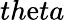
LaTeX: th\mathrm{e}ta